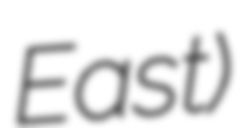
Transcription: East)